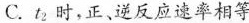
C. t_{2}时，正、逆反应速率相等